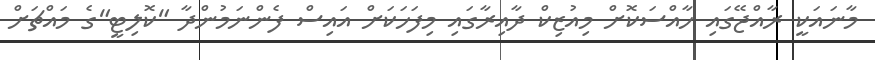
މާނައަކީ ރާއްޖޭގައި ހާއްސަކޮށް މިއުޒިކް ދާއިރާގައި މިފަހަކަށް އައިސް ފެންނަމުންދާ "ކޮލިޓީ"ގެ މައްޗަށް